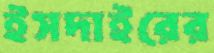
ইসদাইরের